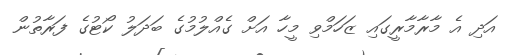
އަދި އެ މާރާމާރީގައި ޒަހަމްވި މީހާ އަށް ގެއްލުމުގެ ބަދަލު ކޯޓުގެ ފަރާތުން